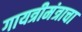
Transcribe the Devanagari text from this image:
गायत्रीमंत्राचा